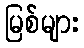
မြစ်များ